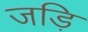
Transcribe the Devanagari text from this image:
जड़ि